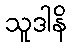
သူဒါနိ